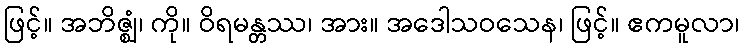
ဖြင့်။ အဘိဇ္ဈံ၊ ကို။ ဝိရမန္တဿ၊ အား။ အဒေါသဝသေန၊ ဖြင့်။ ဧကမူလာ၊